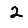
Digit: 2